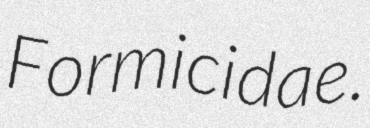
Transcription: Formicidae.